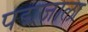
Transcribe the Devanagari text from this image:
पद्मजाला